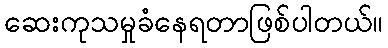
ဆေးကုသမှုခံနေရတာဖြစ်ပါတယ်။